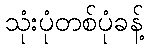
သုံးပုံတစ်ပုံခန့်